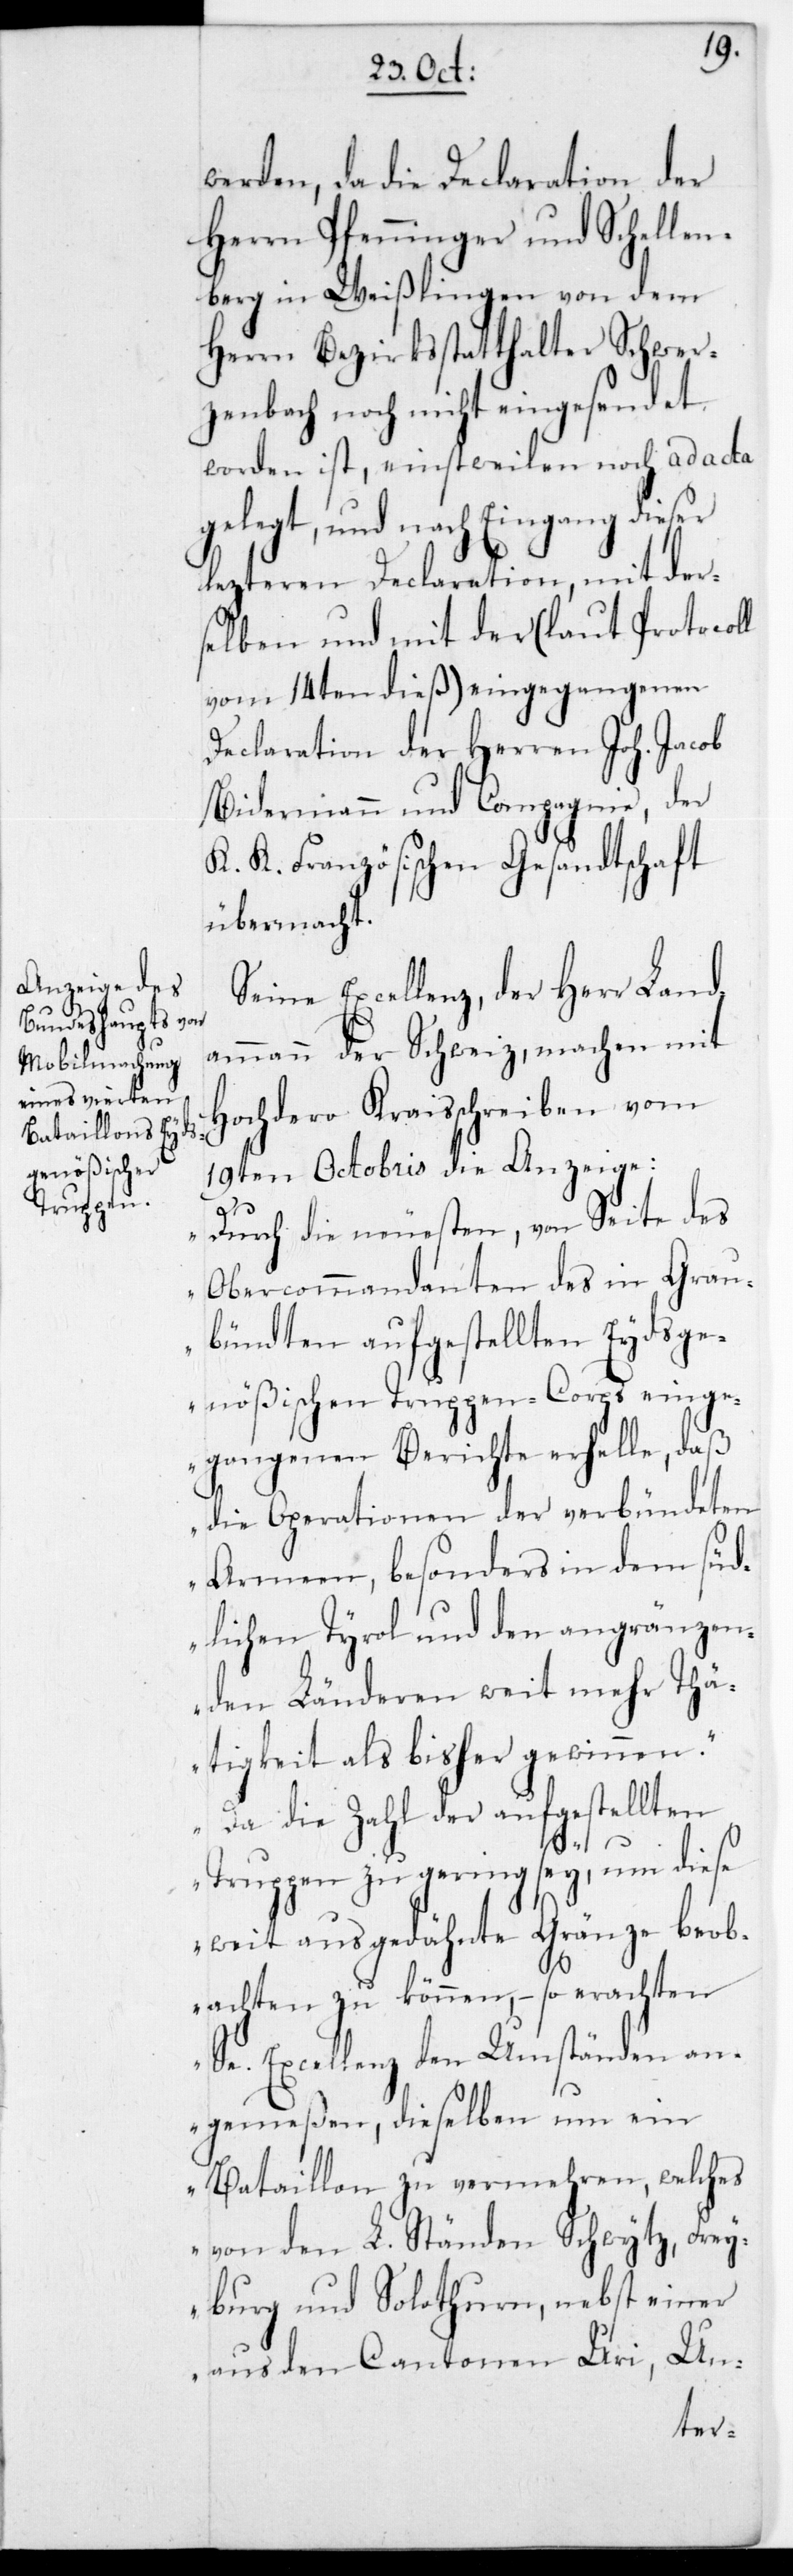
er

werden, da die Declaration der
Herren Pfenninger und Schellen¬
berg in Weißlingen von dem
Herrn Bezirksstatthalter Schwer¬
zenbach noch nicht eingesendet
worden ist, einstweilen noch ad acta
legt, und nach Eingang dies¬
letzeren Declaration, mit der¬
selben und mit der (laut Protocoll
vom 14ten dieß) eingegangenen
Declaration der Herren Joh. Jacob
Biedermann und Compagnie, der
K. K. Französischen Gesandtschaft
übermacht.
Seine Excellenz der Herr Land¬
ammann der Schweiz, machen mit
Hochdero Kraisschreiben vom
19ten Octobris die Anzeige:
„Durch die neuesten, von Seite des
Obercommandanten des in Grau¬
bündten aufgestellten Eydsge¬
nößischen Truppen-Corps einge¬
gangenen Berichte erhelle, daß
die Operationen der verbündeten
Armeen, besonders in dem süd¬
lichen Tyrol und den angränzen¬
den Länderen weit mehr Thä¬
tigkeit als bisher gewinnen.
Da die Zahl der aufgestellten
Truppen zu gering sey, um diese
weit ausgedähnte Gränze beob¬
achten zu können, – so erachten
Se. Excellenz den Umständen an¬
gemeßen, dieselben um ein
Bataillon zu vermehren, welches
von den L. Ständen Schwytz, Frey¬
burg und Solothurn, nebst einer
aus dem Cantonen Uri, Un-